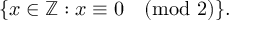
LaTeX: \{ x \in \mathbb { Z } : x \equiv 0 { \pmod { 2 } } \} .